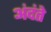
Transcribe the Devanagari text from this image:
अंदंते